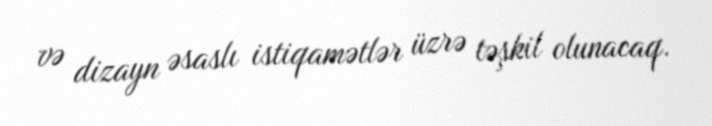
və dizayn əsaslı istiqamətlər üzrə təşkil olunacaq.